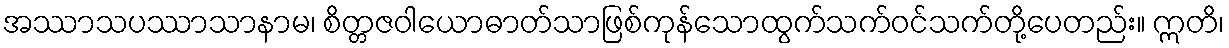
အဿာသပဿာသာနာမ၊ စိတ္တဇဝါယောဓာတ်သာဖြစ်ကုန်သောထွက်သက်ဝင်သက်တို့ပေတည်း။ ဣတိ၊